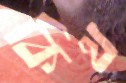
কিথ